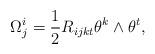
LaTeX: \begin{align*} \Omega_j^i=\frac{1}{2}R_{ijkt}\theta^k\wedge\theta^t,\end{align*}